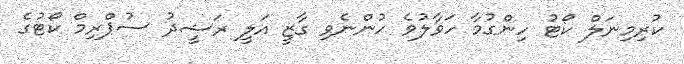
ކުރިމިނަލް ކޯޓު ހިންގުމާ ހަވާލުވެ ހުންނެވި ގާޒީ އަލީ ރަޝީދު ސުޕްރިމް ކޯޓުގެ